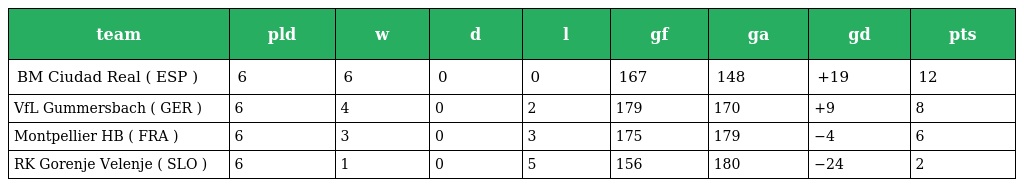
| team | pld | w | d | l | gf | ga | gd | pts |
 | --- | --- | --- | --- | --- | --- | --- | --- | --- |
 | BM Ciudad Real ( ESP ) | 6 | 6 | 0 | 0 | 167 | 148 | +19 | 12 |
 | VfL Gummersbach ( GER ) | 6 | 4 | 0 | 2 | 179 | 170 | +9 | 8 |
 | Montpellier HB ( FRA ) | 6 | 3 | 0 | 3 | 175 | 179 | −4 | 6 |
 | RK Gorenje Velenje ( SLO ) | 6 | 1 | 0 | 5 | 156 | 180 | −24 | 2 |